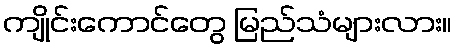
ကျိုင်းကောင်တွေ မြည်သံများလား။